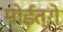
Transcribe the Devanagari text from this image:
मोईत्रो